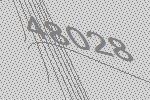
48028